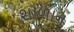
શાળાન